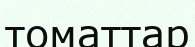
томаттар